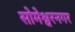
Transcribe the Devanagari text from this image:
सोमेश्वरनगर